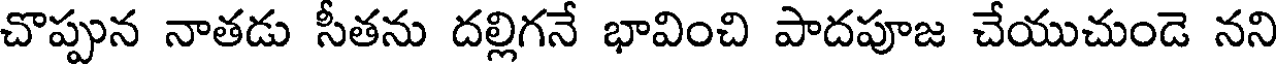
చొప్పున నాతడు సీతను దల్లిగనే భావించి పాదపూజ చేయుచుండె నని